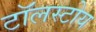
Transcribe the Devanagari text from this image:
टॉलस्टोय